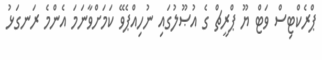
ޕްރެކްޓިސް ވަޓް ޔޫ ޕްރީޗް ގެ އުޞޫލުގައި ނުހިއްޕެވޭ ކަމަށްވާނަމަ އެންމެ ރަނގަޅު